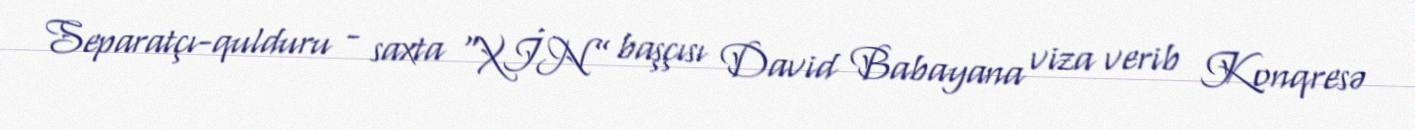
Separatçı-qulduru - saxta “XİN” başçısı David Babayana viza verib Konqresə